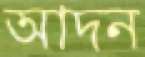
আদন